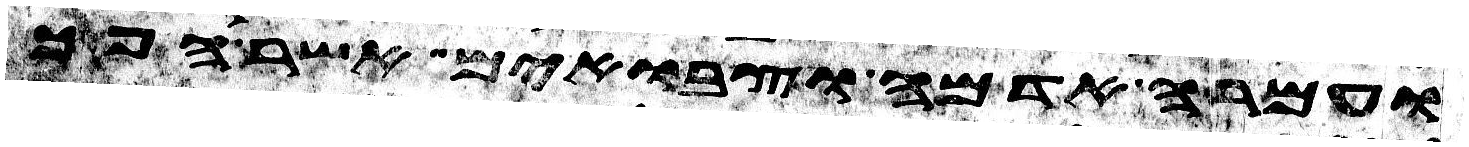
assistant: ועמרה אדמה וצבאים אשר הפך